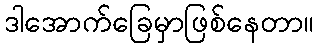
ဒါအောက်ခြေမှာဖြစ်နေတာ။